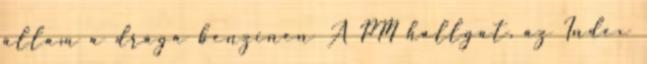
állam a drága benzinen A PM hallgat, az Index